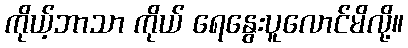
ကိုယ့်ဘာသာ ကိုယ် ရေနွေးပူလောင်မိလို့။